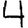
Digit: 4